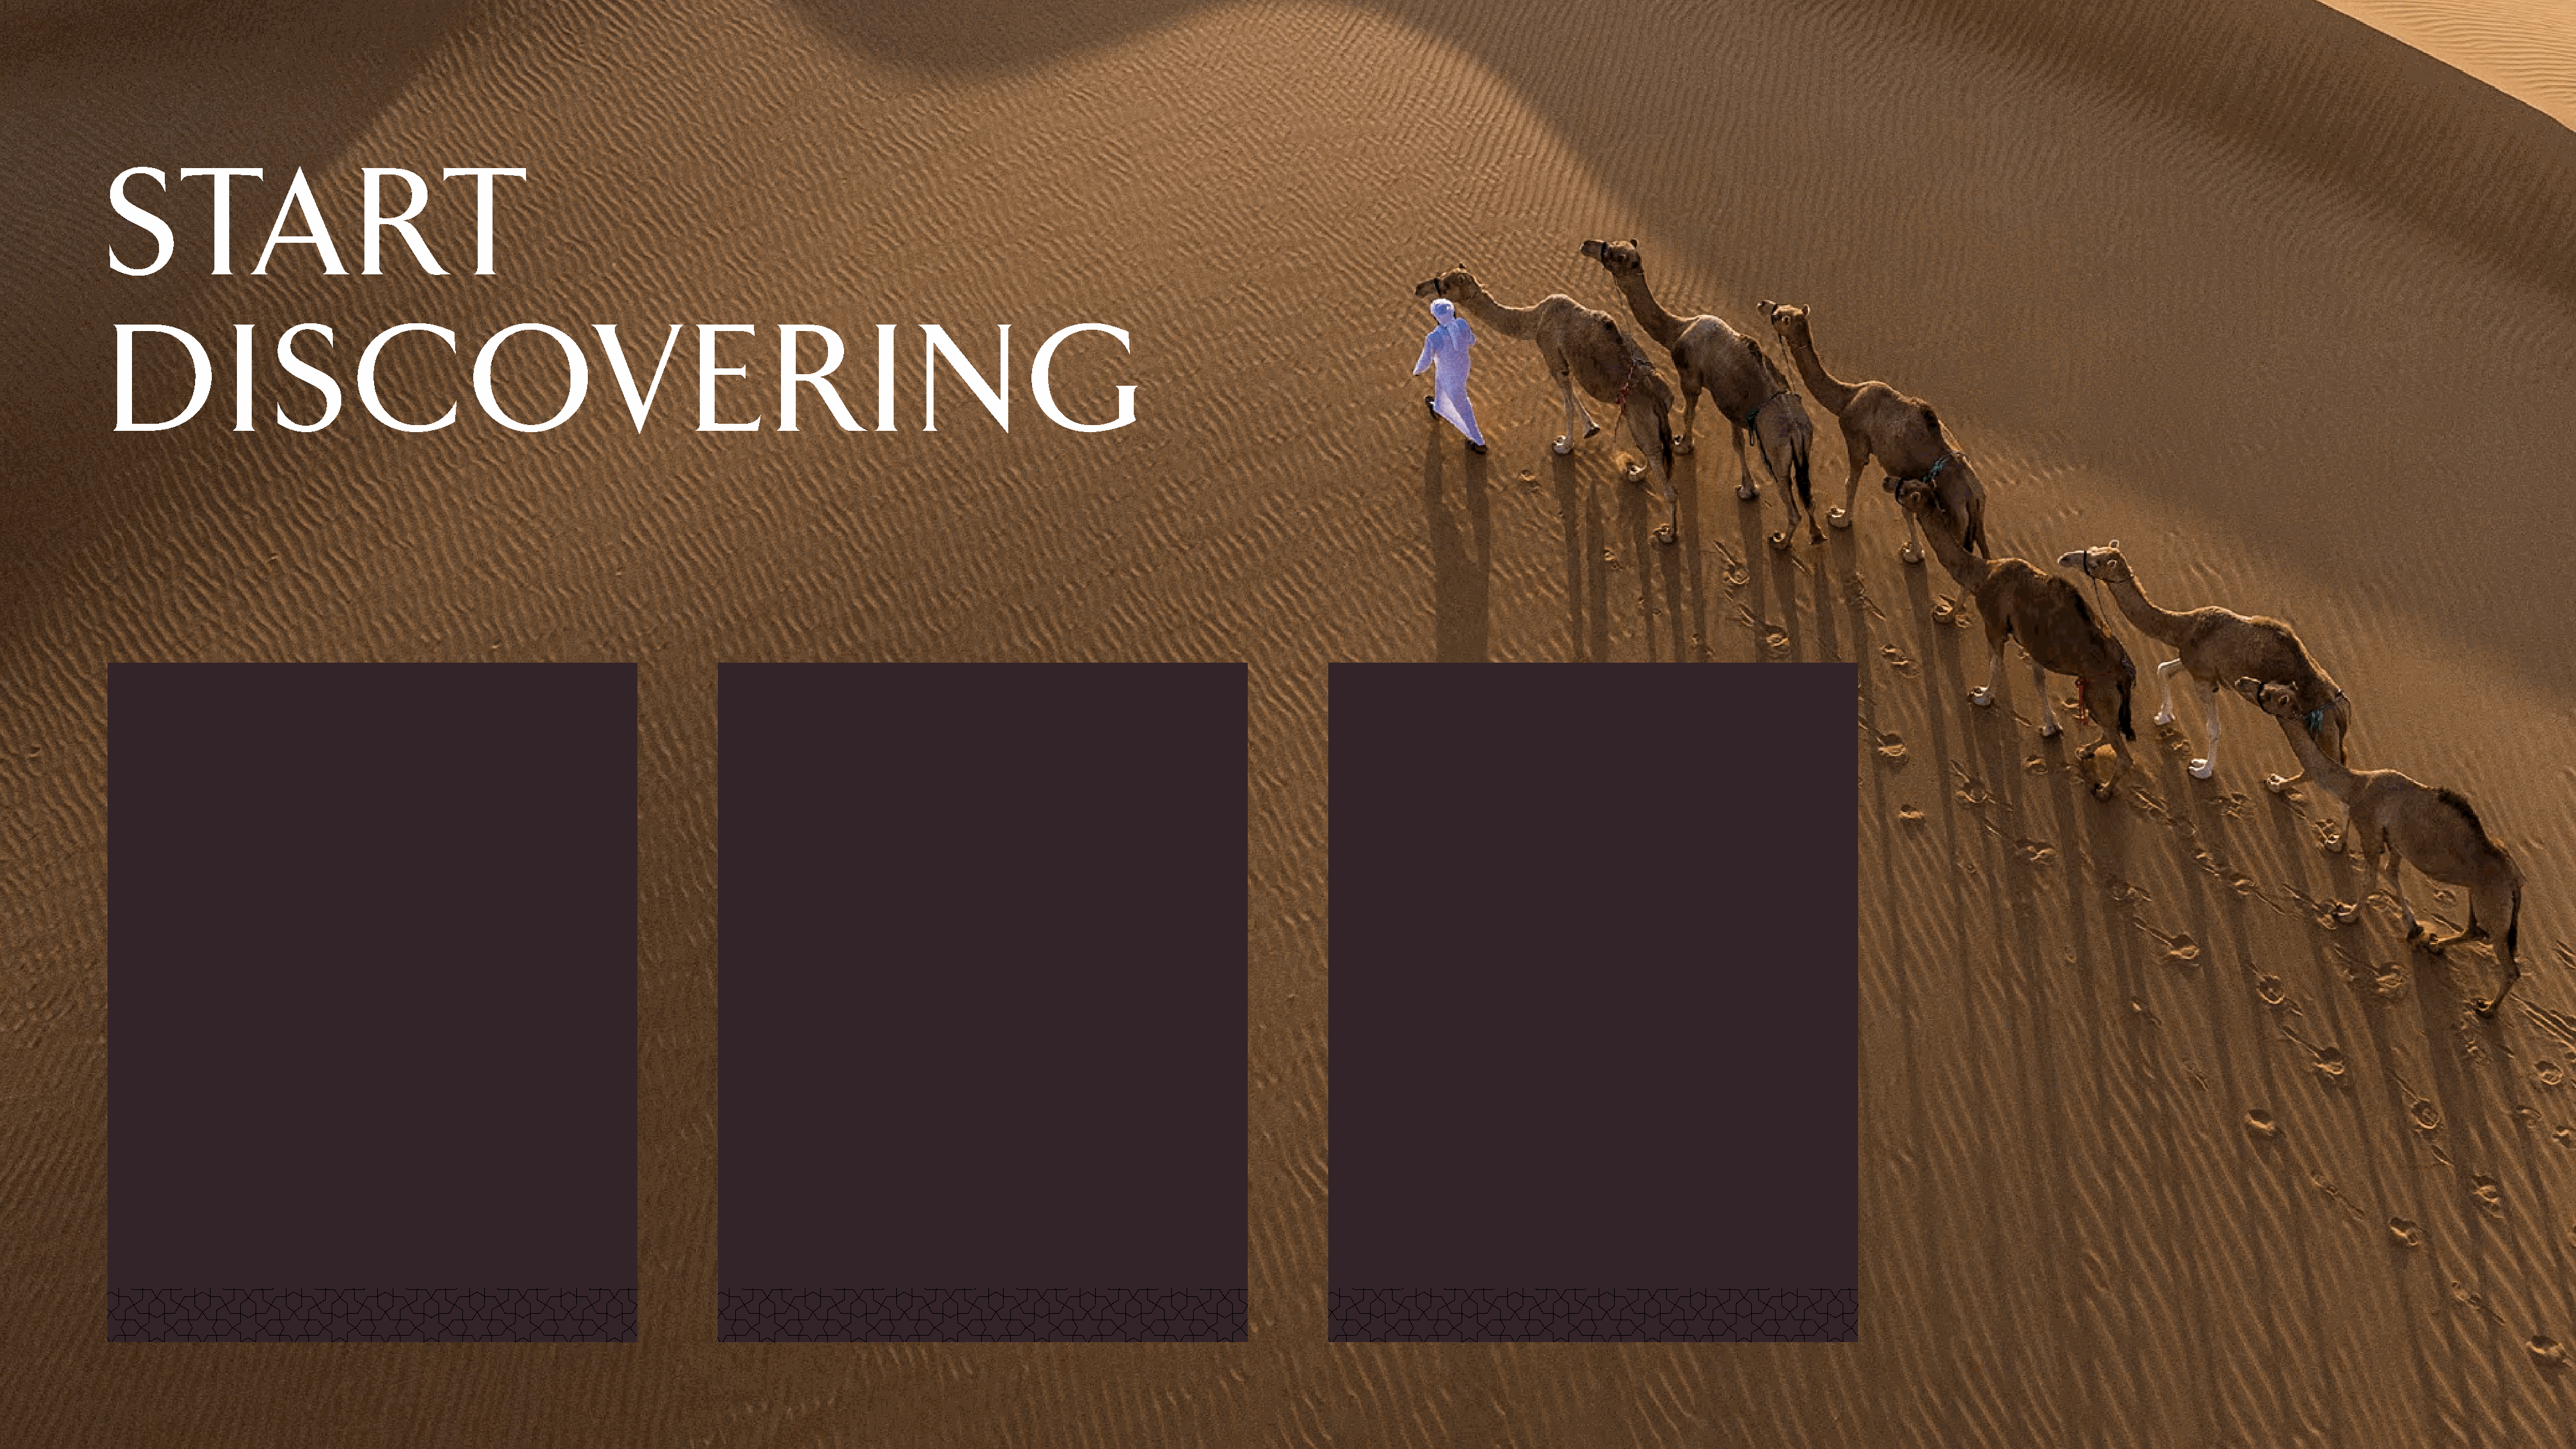
S       TA                RT
 D           I    S        C           O            V        E       R         I    N           G